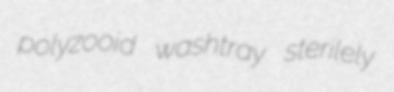
polyzooid washtray sterilely